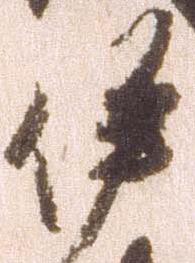
伊